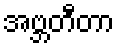
အဗ္ဘတီတာ